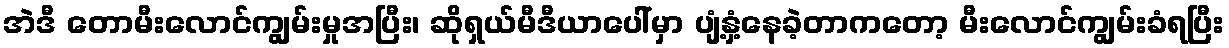
အဲဒီ တောမီးလောင်ကျွမ်းမှုအပြီး၊ ဆိုရှယ်မီဒီယာပေါ်မှာ ပျံ့နှံ့နေခဲ့တာကတော့ မီးလောင်ကျွမ်းခံရပြီး